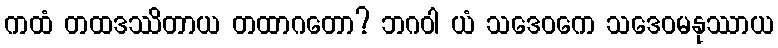
ကထံ တထဒဿိတာယ တထာဂတော? ဘဂဝါ ယံ သဒေဝကေ သဒေဝမနုဿာယ